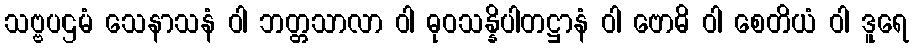
သဗ္ဗပဌမံ သေနာသနံ ဝါ ဘတ္တသာလာ ဝါ ဓုဝသန္နိပါတဋ္ဌာနံ ဝါ ဗောဓိ ဝါ စေတိယံ ဝါ ဒူရေ